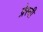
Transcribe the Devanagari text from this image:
प्रेस्वी